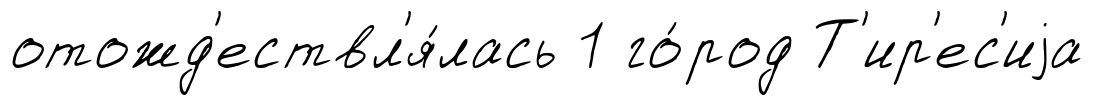
отожд'ествл'я́лась 1 го́род Т'ир'ес'иjа